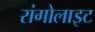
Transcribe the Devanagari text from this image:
रांगोलाइट